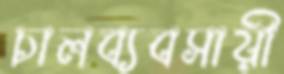
চালব্যবসায়ী